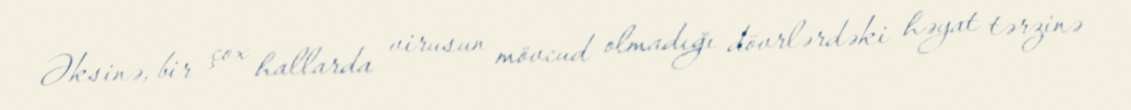
Əksinə, bir çox hallarda virusun mövcud olmadığı dövrlərdəki həyat tərzinə